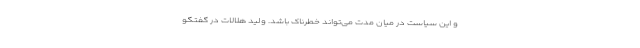
و این سیاست در میان مدت می‌تواند خطرناک باشد. ولید هلالات در گفتگو